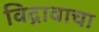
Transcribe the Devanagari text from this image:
विद्रावाचा